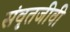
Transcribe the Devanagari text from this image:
संवृतजीवी